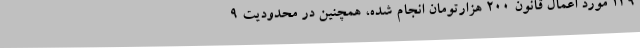
139 مورد اعمال قانون 200 هزارتومان انجام شده، همچنین در محدودیت 9